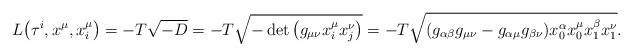
LaTeX: \begin{gather*}L\big(\tau^i,x^\mu,x^\mu_i\big) = -T\sqrt{-D} = -T \sqrt{-\det \big(g_{\mu\nu} x^\mu_i x^\nu_j \big) } = -T\sqrt{(g_{\alpha\beta} g_{\mu\nu}-g_{\alpha\mu} g_{\beta\nu}) x^\alpha_0x^\mu_0x^\beta_1x^\nu_1}.\end{gather*}